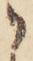
か